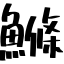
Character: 鰷